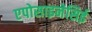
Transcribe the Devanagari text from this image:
एपोसाइनेसिई